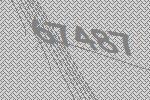
67487